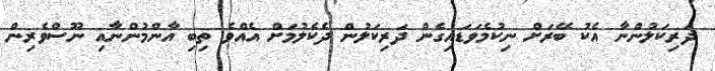
ދަރިކަލުންނާ އެކު ބޭރަށް ނިކުމެވަޑައިގެން ދަރިކަލުން ދެކެލުމަށް އެއްވެ ތިބި އާންމުންނާއި ނޫސްވެރިން